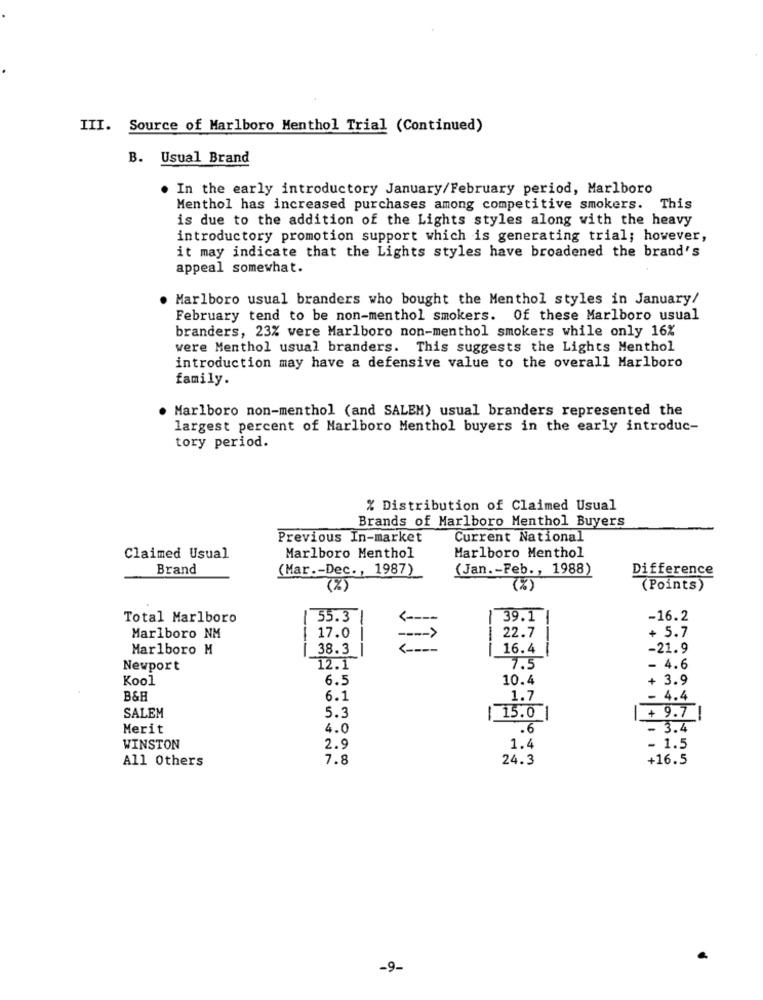
III. Source of Marlboro Menthol Trial (Continued)
B. Usual Brand
. In the early introductory January/February period, Marlboro
Menthol has increased purchases among competitive smokers. This
is due to the addition of the Lights styles along with the heavy
introductory promotion support which is generating trial; however,
it may indicate that the Lights styles have broadened the brand's
appeal somewhat.
Marlboro usual branders who bought the Menthol styles in January/
February tend to be non-menthol smokers. Of these Marlboro usual
branders, 23% were Marlboro non-menthol smokers while only 16%
were Menthol usual branders. This suggests the Lights Menthol
introduction may have a defensive value to the overall Marlboro
family.
Marlboro non-menthol (and SALEM) usual branders represented the
largest percent of Marlboro Menthol buyers in the early introduc-
tory period.
% Distribution of Claimed Usual
Brands of Marlboro Menthol Buyers
Previous In-market
Current National
Claimed Usual
Marlboro Menthol
Marlboro Menthol
Brand
(Mar .- Dec ., 1987)
(Jan .- Feb ., 1988)
Difference
(%)
(%)
(Points)
Total Marlboro
55.3
39.1
-16.2
+ 5.7
Marlboro NM
17.0
22.7
Marlboro M
38.3
---
16.4 |
-21.9
Newport
12.1
7.5
- 4.6
Kool
6.5
10.4
+ 3.9
B&H
6.1
1.7
- 4.4
5.3
SALEM
| 15.0 |
+ 9.7|
Merit
4.0
.6
- 3.4
WINSTON
2.9
1.4
- 1.5
All Others
7.8
24.3
+16.5
-9-